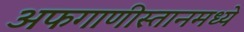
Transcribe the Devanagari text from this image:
अफगाणीस्तानमध्ये